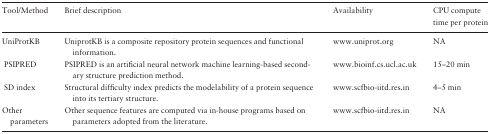
<table><thead><tr><td><b>Tool/Method</b></td><td><b>Brief description</b></td><td><b>Availability</b></td><td><b>CPU compute time per protein</b></td></tr></thead><tbody><tr><td>UniProtKB</td><td>UniprotKB is a composite repository protein sequences and functional information.</td><td>www.uniprot.org</td><td>NA</td></tr><tr><td> PSIPRED</td><td>PSIPRED is an artificial neural network machine learning-based secondary structure prediction method.</td><td>www.bioinf.cs.ucl.ac.uk</td><td>15–20 min</td></tr><tr><td> SD index</td><td>Structural difficulty index predicts the modelability of a protein sequence into its tertiary structure.</td><td>www.scfbio-iitd.res.in</td><td>4–5 min</td></tr><tr><td>Other parameters</td><td>Other sequence features are computed via in-house programs based on parameters adopted from the literature.</td><td>www.scfbio-iitd.res.in</td><td>NA</td></tr></tbody></table>